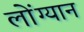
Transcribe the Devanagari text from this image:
लोंग्यान